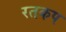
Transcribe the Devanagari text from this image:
रतकप